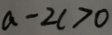
a - 2 c > 0